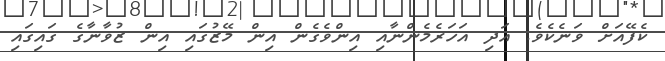
ކެފޭއަށް ވަނެކެވެ. އަދި އަހަރެމެންނާއި އިންވެގެން އިން މޭޒުގައި އިން ޒުވާނާގެ ގައިގައި